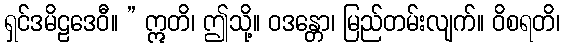
ရှင်ဒမိဠဒေဝီ။ ” ဣတိ၊ ဤသို့။ ဝဒန္တော၊ မြည်တမ်းလျက်။ ဝိစရတိ၊